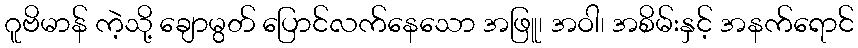
ဂူဗိမာန် ကဲ့သို့ ချောမွတ် ပြောင်လက်နေသော အဖြူ၊ အဝါ၊ အစိမ်းနှင့် အနက်ရောင်